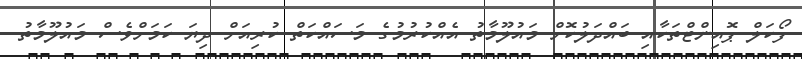
ފޯކަލް ޕޮއިންޓްތަކާއި ބައްދަލުކޮށް މައުލޫމާތު އެއްކުރުމުގެ މަސައްކަތް ކުރިއަށް ދިޔަ ކަމަށްވެސް މައުލޫމާތު